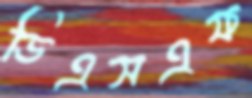
ডিএসএফ